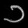
Digit: ၁